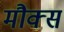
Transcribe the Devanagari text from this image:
मौक्स